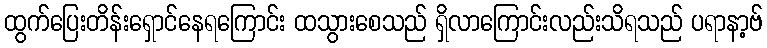
ထွက်ပြေးတိန်းရှောင်နေရကြောင်း ထသွားစေသည် ရှိလာကြောင်းလည်းသိရသည် ပရာနာ့ဗ်